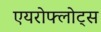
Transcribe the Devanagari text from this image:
एयरोफ्लोट्स